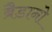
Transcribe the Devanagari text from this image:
ब्रैडानो